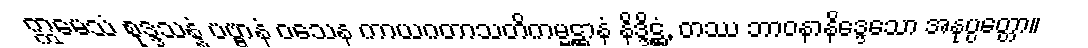
ဣမေသံ စုဒ္ဒသန္နံ ပဗ္ဗာနံ ဝသေန ကာယဂတာသတိကမ္မဋ္ဌာနံ နိဒ္ဒိဋ္ဌံ, တဿ ဘာဝနာနိဒ္ဒေသော အနုပ္ပတ္တော။